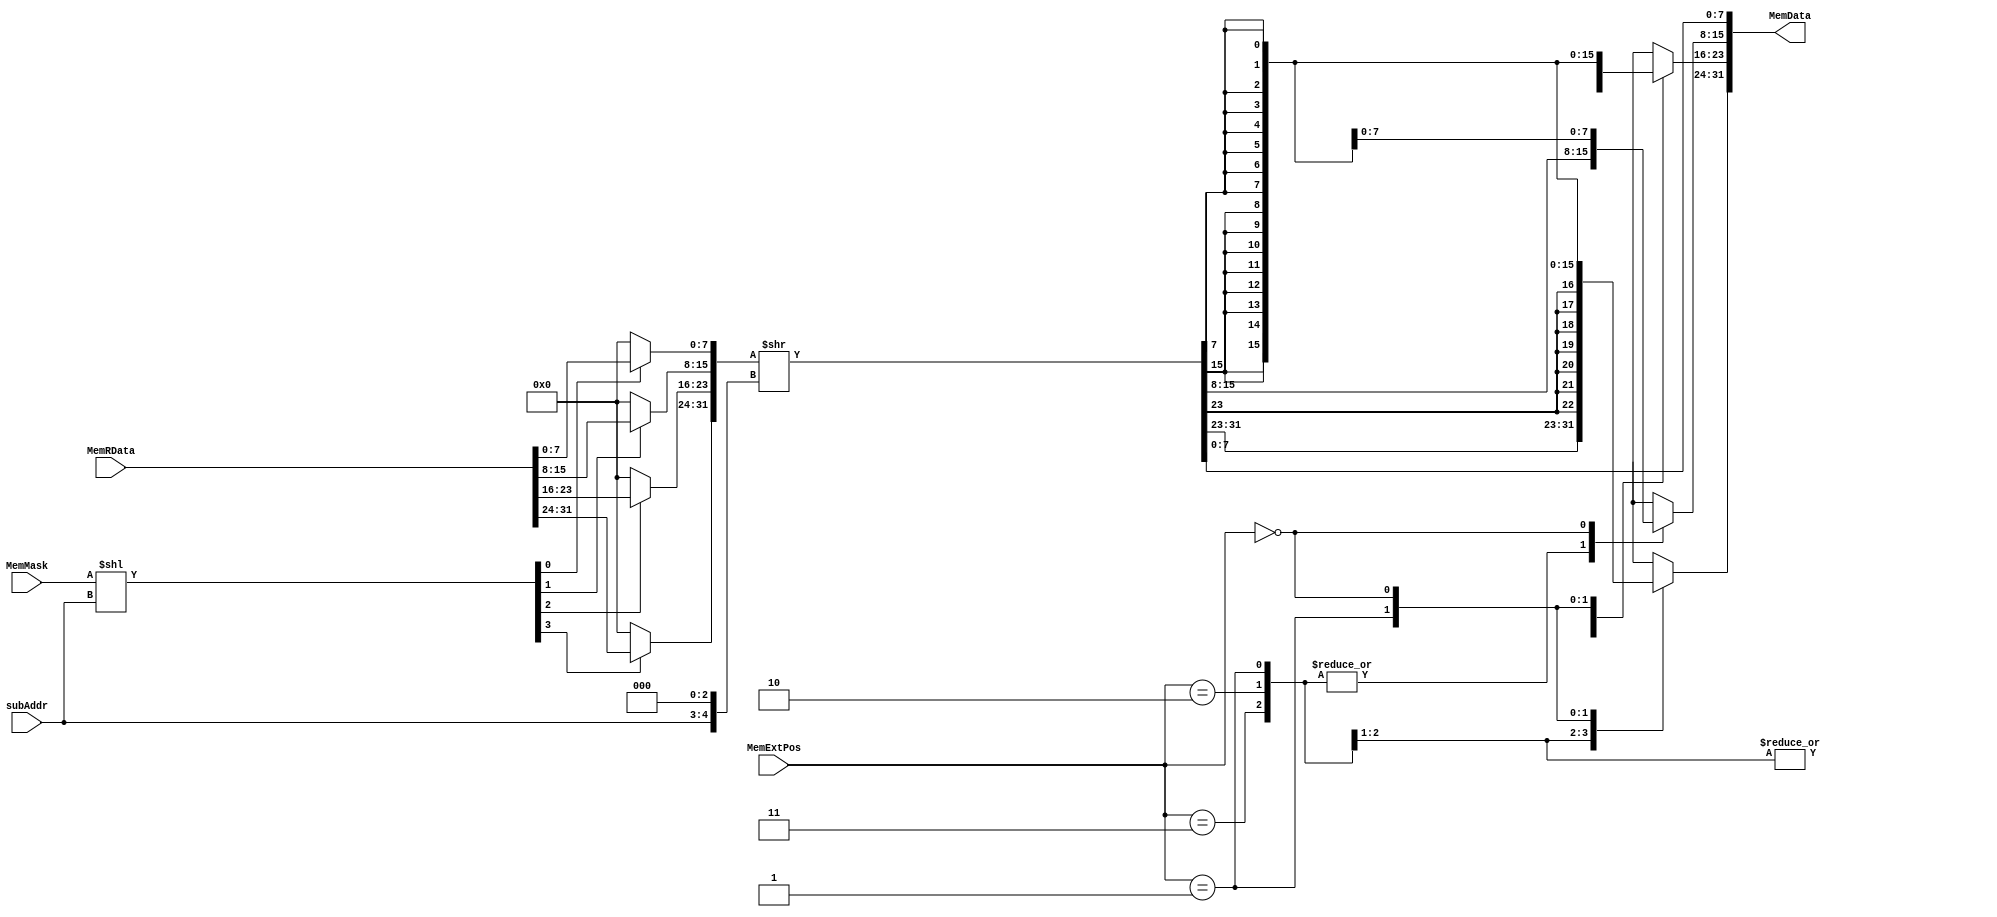
`timescale 1ns / 1ps
//////////////////////////////////////////////////////////////////////////////////
// Company: 
// Engineer: 
// 
// Design Name: 
// Module Name:    MemExt 
// Project Name: 
// Target Devices: 
// Tool versions: 
// Description: 
//
// Dependencies: 
//
// Revision: 
// Revision 0.01 - File Created
// Additional Comments: 
//
//////////////////////////////////////////////////////////////////////////////////
module MemExt(
    input [31:0] MemRData,
    input [3:0] MemMask,
    input [1:0] MemExtPos,
	 input [1:0] subAddr,
    output reg [31:0] MemData
    );
	wire [3:0] mask;
	assign mask = MemMask << subAddr;
	always @(*) begin
		MemData = 0;
		if (mask[3])
			MemData[31:24] = MemRData[31:24];
		if (mask[2])
			MemData[23:16] = MemRData[23:16];
		if (mask[1])
			MemData[15:8] = MemRData[15:8];
		if (mask[0])
			MemData[7:0] = MemRData[7:0];
		MemData = MemData >> ( {32'b0,subAddr} << 3);
		case (MemExtPos)
			3: ;
			2: MemData[31:24] = {8{MemData[23]}};
			1: MemData[31:16] = {16{MemData[15]}};
			0: MemData[31:8] = {24{MemData[7]}};
		endcase
	end
	

endmodule